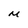
Character: M